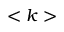
< k >